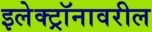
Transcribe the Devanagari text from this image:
इलेक्ट्रॉनावरील